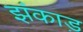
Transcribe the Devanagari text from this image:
झंकाड़